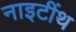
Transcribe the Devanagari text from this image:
नाइटींथ